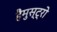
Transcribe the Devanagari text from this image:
हैमुस्ट्रो